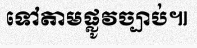
ទៅតាមផ្លូវច្បាប់៕